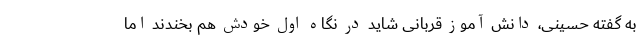
به گفته حسینی، دانش آموز قربانی‌ شاید در نگاه اول خودش هم بخندند اما